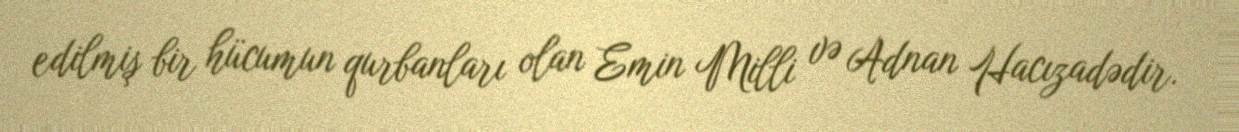
edilmiş bir hücumun qurbanları olan Emin Milli və Adnan Hacızadədir.